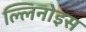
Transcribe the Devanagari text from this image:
ल्लिनोइस